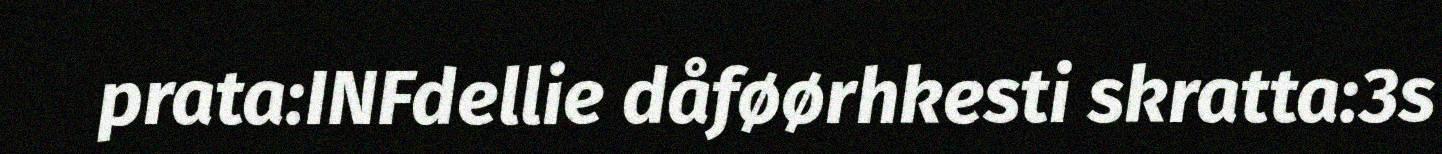
prata:INFdellie dåføørhkesti skratta:3s